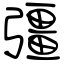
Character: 彊